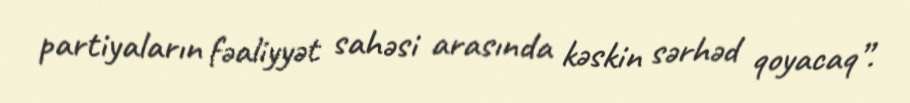
partiyaların fəaliyyət sahəsi arasında kəskin sərhəd qoyacaq”.